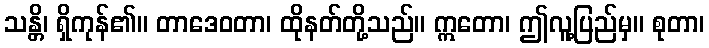
သန္တိ၊ ရှိကုန်၏။ တာဒေဝတာ၊ ထိုနတ်တို့သည်။ ဣတော၊ ဤလူ့ပြည်မှ။ စုတာ၊